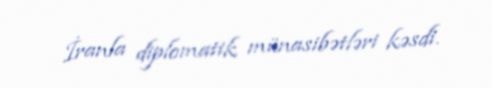
İranla diplomatik münasibətləri kəsdi.